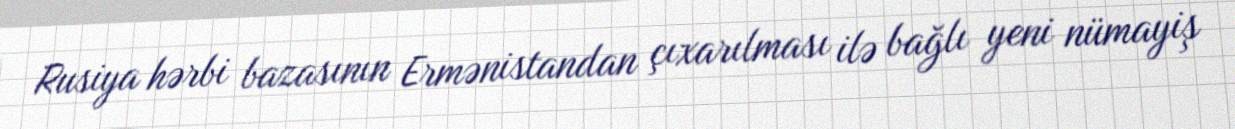
Rusiya hərbi bazasının Ermənistandan çıxarılması ilə bağlı yeni nümayiş